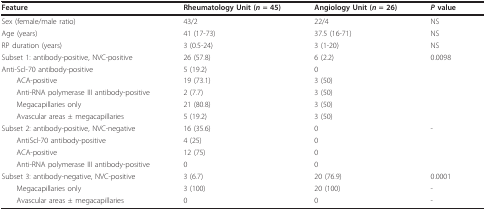
<table><thead><tr><td><b>Feature</b></td><td><b>Rheumatology Unit (<i>n </i>= 45)</b></td><td><b>Angiology Unit (<i>n </i>= 26)</b></td><td><b><i>P </i>value</b></td></tr></thead><tbody><tr><td>Sex (female/male ratio)</td><td>43/2</td><td>22/4</td><td>NS</td></tr><tr><td>Age (years)</td><td>41 (17-73)</td><td>37.5 (16-71)</td><td>NS</td></tr><tr><td>RP duration (years)</td><td>3 (0.5-24)</td><td>3 (1-20)</td><td>NS</td></tr><tr><td>Subset 1: antibody-positive, NVC-positive</td><td>26 (57.8)</td><td>6 (2.2)</td><td>0.0098</td></tr><tr><td>Anti-Scl-70 antibody-positive</td><td>5 (19.2)</td><td>0</td><td></td></tr><tr><td> ACA-positive</td><td>19 (73.1)</td><td>3 (50)</td><td></td></tr><tr><td> Anti-RNA polymerase III antibody-positive</td><td>2 (7.7)</td><td>3 (50)</td><td></td></tr><tr><td> Megacapillaries only</td><td>21 (80.8)</td><td>3 (50)</td><td></td></tr><tr><td> Avascular areas ± megacapillaries</td><td>5 (19.2)</td><td>3 (50)</td><td></td></tr><tr><td>Subset 2: antibody-positive, NVC-negative</td><td>16 (35.6)</td><td>0</td><td>-</td></tr><tr><td> AntiScl-70 antibody-positive</td><td>4 (25)</td><td>0</td><td></td></tr><tr><td> ACA-positive</td><td>12 (75)</td><td>0</td><td></td></tr><tr><td> Anti-RNA polymerase III antibody-positive</td><td>0</td><td>0</td><td></td></tr><tr><td>Subset 3: antibody-negative, NVC-positive</td><td>3 (6.7)</td><td>20 (76.9)</td><td>0.0001</td></tr><tr><td> Megacapillaries only</td><td>3 (100)</td><td>20 (100)</td><td>-</td></tr><tr><td> Avascular areas ± megacapillaries</td><td>0</td><td>0</td><td>-</td></tr></tbody></table>